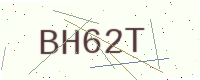
Text: BH62T